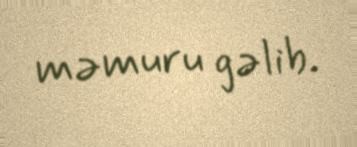
məmuru gəlib.